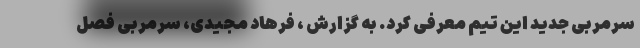
سرمربی جدید این تیم معرفی کرد. به گزارش ، فرهاد مجیدی، سرمربی فصل